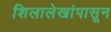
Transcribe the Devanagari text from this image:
शिलालेखांपासून